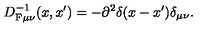
D _ { \mathrm { F } \mu \nu } ^ { - 1 } ( x , x ^ { \prime } ) = - \partial ^ { 2 } \delta ( x - x ^ { \prime } ) \delta _ { \mu \nu } .